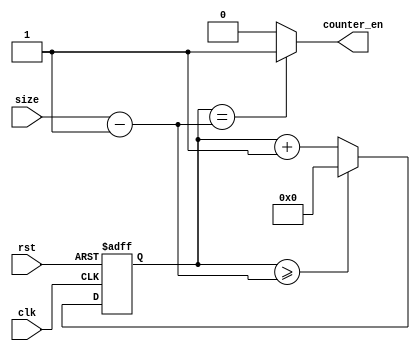
module size_varible_gen_counter_en(
    input  clk,
    input  rst,
    input [31:0] size,
    output counter_en
);

    reg [31:0] o; 
    always @(posedge clk or posedge rst) 
        if (rst) o <= 0;
        else
            if (o >= size-1) o <= 0;
            else o <= o + 1;

    assign counter_en = (o == size-1)? 1'b1 : 1'b0; 

endmodule